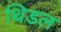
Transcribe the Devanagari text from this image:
थिडल